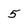
Character: 5